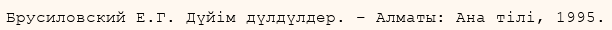
Брусиловский Е.Г. Дүйім дүлдүлдер. – Алматы: Ана тілі, 1995.